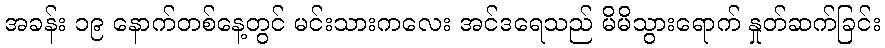
အခန်း ၁၉ နောက်တစ်နေ့တွင် မင်းသားကလေး အင်ဒရေသည် မိမိသွားရောက် နှုတ်ဆက်ခြင်း